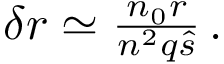
\begin{array} { r } { \delta r \simeq \frac { n _ { 0 } r } { n ^ { 2 } q \hat { s } } \, . } \end{array}